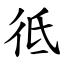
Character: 彽